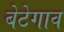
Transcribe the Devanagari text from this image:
बेटेगाव